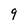
Character: 9